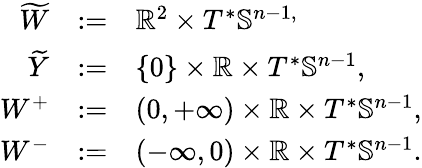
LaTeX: \begin{array}{rcl}{\widetilde{W}}&{:=}&{{\mathbb R}^{2}\times T^{*}{\mathbb S}^{n-1,}}\\ {\widetilde{Y}}&{:=}&{\{ 0\} \times{\mathbb R}\times T^{*}{\mathbb S}^{n-1},}\\ {W^{+}}&{:=}&{(0,+\infty)\times{\mathbb R}\times T^{*}{\mathbb S}^{n-1},}\\ {W^{-}}&{:=}&{(-\infty,0)\times{\mathbb R}\times T^{*}{\mathbb S}^{n-1}.}\end{array}